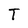
Character: T